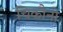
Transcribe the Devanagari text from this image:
चिकौनो